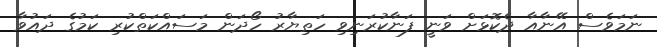
ނަމަވެސް އޭނާއާ ދެކޮޅަށް ވަނީ ފަނާކުރަނިވި ހަތިޔާރު ހޯދަން މަސައްކަތްކުރި ކަމުގެ ދައުވާ